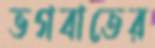
ভগবাতের